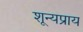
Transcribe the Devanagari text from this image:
शून्यप्राय